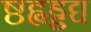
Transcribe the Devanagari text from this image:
ष्ठह्वड्डद्य